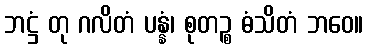
ဘဋ္ဌံ တု ဂလိတံ ပန္နံ၊ စုတဉ္စ ဓံသိတံ ဘဝေ။